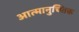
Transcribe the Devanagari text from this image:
आत्मानुचिंतक